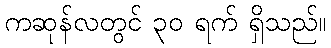
ကဆုန်လတွင် ၃၀ ရက် ရှိသည်။